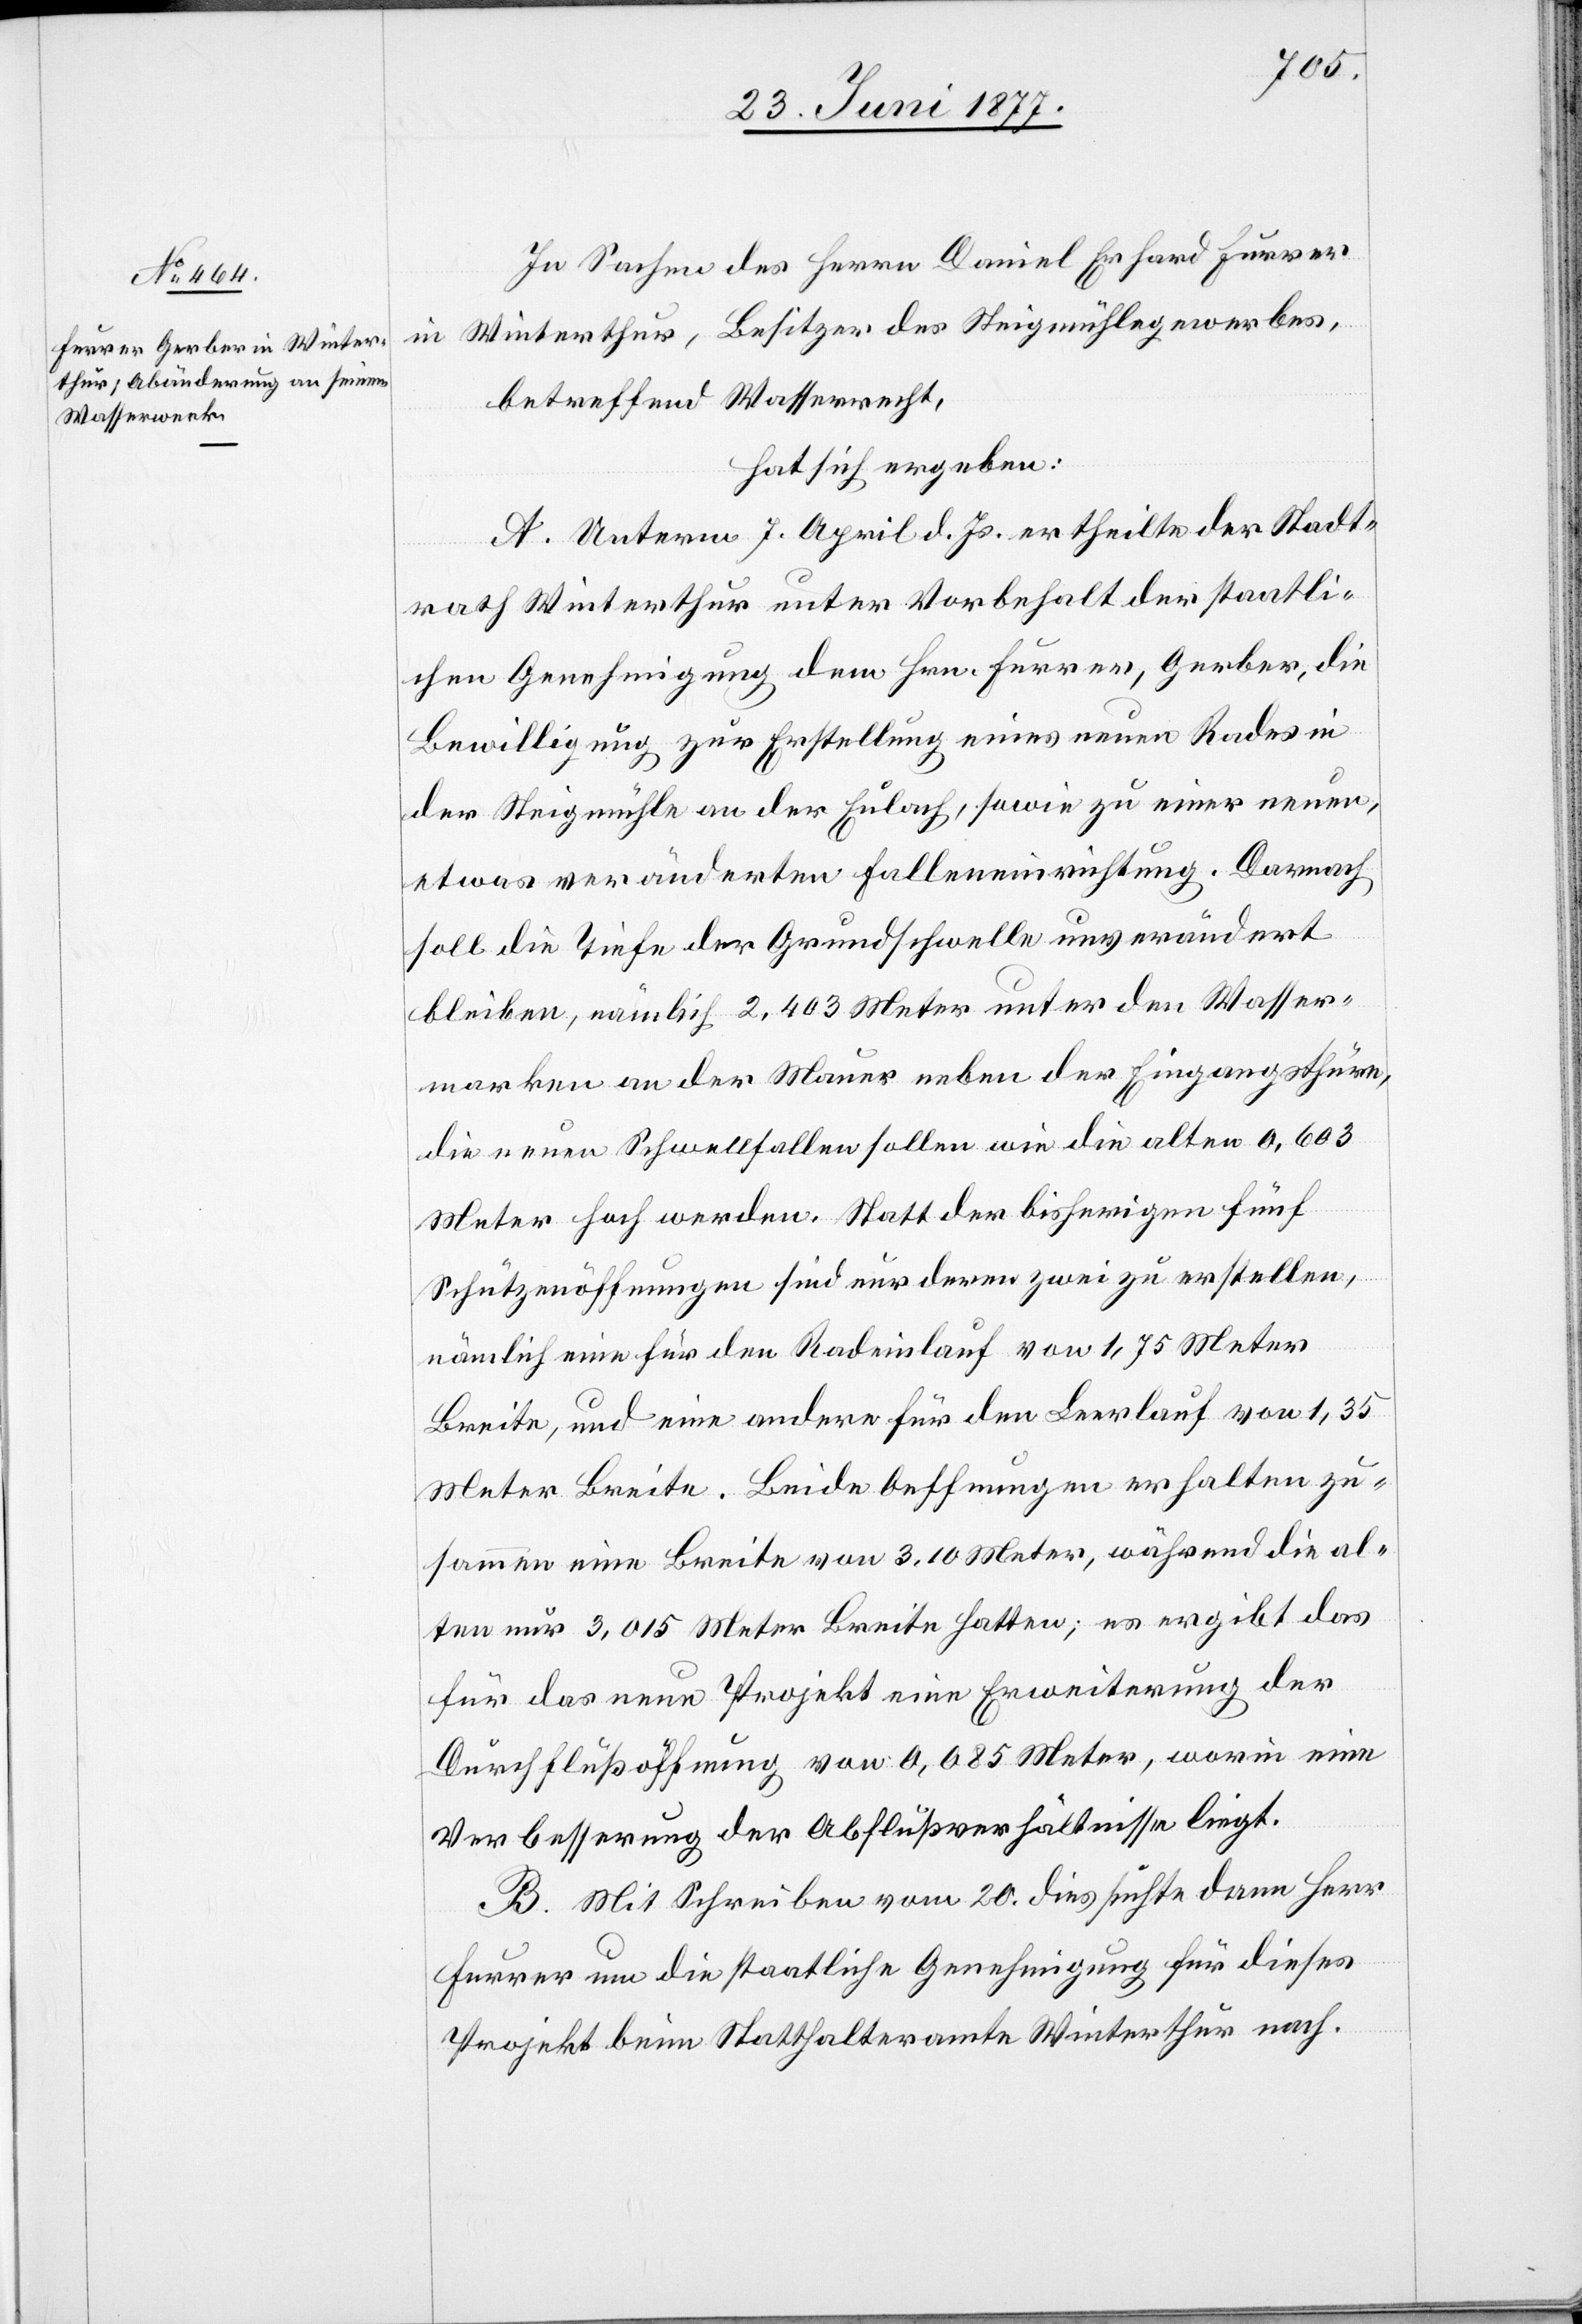
In Sachen des Herren Daniel Erhard Furrer
in Winterthur, Besitzer des Steigmühlegewerbes,
betreffend Wasserrecht,
hat sich ergeben:
A. Unterm 7. April d. Js. ertheilte der Stadt¬
rath Winterthur unter Vorbehalt der staatli¬
chen Genehmigung dem Hrn. Furrer, Gerber, die
Bewilligung zur Erstellung eines neuen Rades in
der Steigmühle an der Eulach, sowie zu einer neuen,
etwas veränderten Falleneinrichtung. Darnach
soll die Tiefe der Grundschwelle unverändert
bleiben, nämlich 2,403 Meter unter den Wasser¬
marken an der Mauer neben der Eingangsthüre,
die neuen Schwellenfallen sollen wie die alten 0,603
Meter hoch werden. Statt der bisherigen fünf
Schützenöffnungen sind nur deren zwei zu erstellen,
nämlich eine für den Radeinlauf von 1,75 Meter
Breite, und eine andere für den Leerlauf von 1,35
Meter Breite. Beide Oeffnungen erhalten zu¬
sammen eine Breite von 3,10 Meter, während die al¬
ten und 3,015 Meter Breite hatten; es ergibt das
für das neue Projekt eine Erweiterung der
Durchflußöffnung von 0,085 Meter, worin eine
Verbesserung der Abflußverhältnisse liegt.
B. Mit Schreiben vom 20. dieß suchte dann Herr
Furrer um die staatliche Genehmigung für dieses
Projekt beim Statthalteramte Winterthur nach.